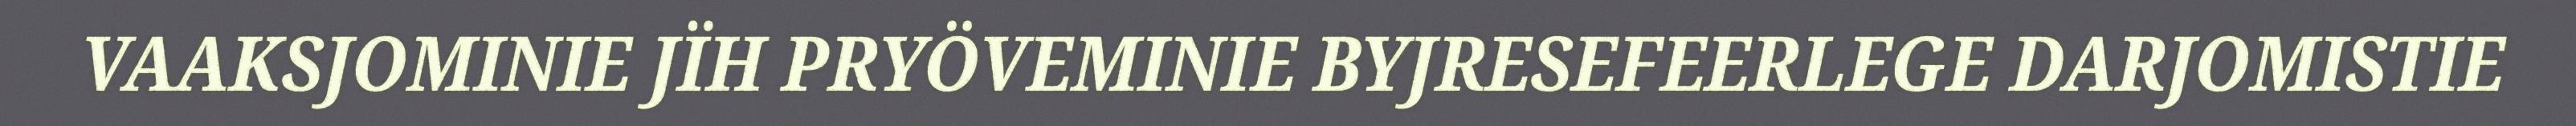
VAAKSJOMINIE JÏH PRYÖVEMINIE BYJRESEFEERLEGE DARJOMISTIE